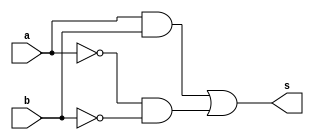
// -------------------------
// Exemplo0006 - XNOR
// Nome: Guilherme Alves
// -------------------------
// -------------------------
// -- XNOR gate
// -------------------------
module xnorgate (output s,input a,
                        input  b);
assign s = (a)&b |  ~(a)&~(b);
endmodule // xnorgate
// -------------------------
// -- test XNOR gate
// -------------------------
module testxnorgate;
// ------------------------- dados locais
   reg    a,b;   // definir registrador
                 // (variavel independente)
   wire   s;   // definir conexao (fio)
                // (variavel dependente  )
// ------------------------- instancia
  xnorgate XNOR1 (s, a,b);
// ------------------------- preparacao
   initial begin:start
      a=0;
		b=0;    // valor inicial
   end// ------------------------- parte principal
   initial begin
         $display("Exrcicio0007 - Guilherme Alves - 450161");
         $display("Test NAND gate");
$display("a  b   s");
          a=0;
			 b=0;
  #1   $display(a, "  " ,b,     "   " ,s);
           a= 0;
			  b =1;
  #1   $display(a, "  " ,b,     "   " ,s);
  			a = 1;
			b = 0;
	#1   $display(a, "  " ,b,     "   " ,s);	
			a=1;
			b=1;
	 #1   $display(a, "  " ,b,     "   " ,s);
   end
endmodule // testxnorgate